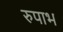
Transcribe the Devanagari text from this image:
रुपाभ